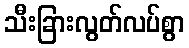
သီးခြားလွတ်လပ်စွာ